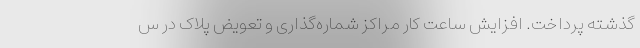
گذشته پرداخت. افزایش ساعت کار مراکز شماره‌گذاری و تعویض پلاک در س